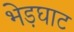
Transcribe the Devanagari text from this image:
भेड़घाट